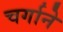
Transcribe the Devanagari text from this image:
चर्गाने